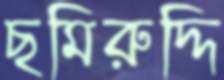
ছমিরুদ্দি